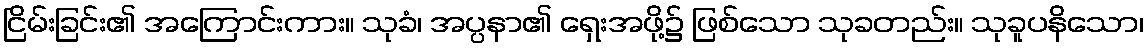
ငြိမ်းခြင်း၏ အကြောင်းကား။ သုခံ၊ အပ္ပနာ၏ ရှေးအဖို့၌ ဖြစ်သော သုခတည်း။ သုခူပနိသော၊